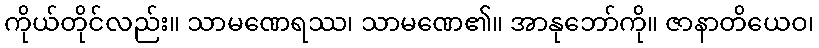
ကိုယ်တိုင်လည်း။ သာမဏေရဿ၊ သာမဏေ၏။ အာနုဘော်ကို။ ဇာနာတိယေဝ၊